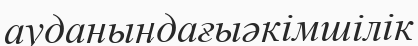
ауданындағыәкімшілік